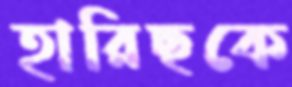
হারিছকে